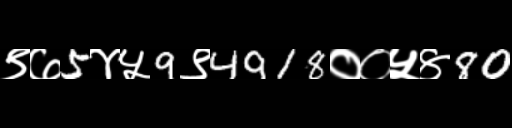
Text: ९७5४५9९4918००५४80